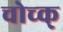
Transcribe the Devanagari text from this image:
चोच्क्